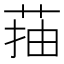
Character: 菗